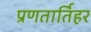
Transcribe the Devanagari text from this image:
प्रणतार्तिहर